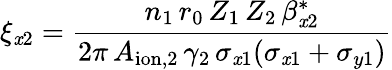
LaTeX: \xi_{\mathit{x}2}=\frac{{n_{1}\, r_{0}\, Z_{1}\, Z_{2}\, \beta_{\mathit{x}2}^{*}}}{{2\pi\, A_{\mathrm{{ion}},2}\, \gamma_{2}\, \sigma_{\mathit{x}1}(\sigma_{\mathit{x}1}+\sigma_{y1})}}